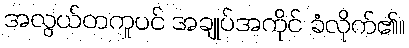
အလွယ်တကူပင် အချုပ်အကိုင် ခံလိုက်၏။